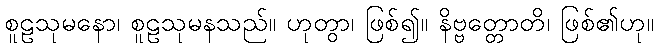
စူဠသုမနော၊ စူဠသုမနသည်။ ဟုတွာ၊ ဖြစ်၍။ နိဗ္ဗတ္တောတိ၊ ဖြစ်၏ဟု။